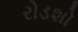
રોડશો